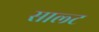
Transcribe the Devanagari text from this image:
साल्‍ट